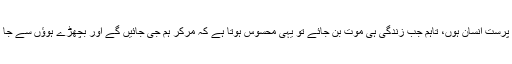
نہیں، جناب عالی، میں بڑا زندگی پرست انسان ہوں، تاہم جب زندگی ہی موت بن جائے تو یہی محسوس ہوتا ہے کہ مرکر ہم جی جائیں گے اور بچھڑے ہوؤں سے جا ملیں گے اور ہمیں چین آجائے گا۔